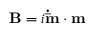
\mathbf { B } = i \mathbf { \dot { \bar { m } } } \cdot \mathbf { m }